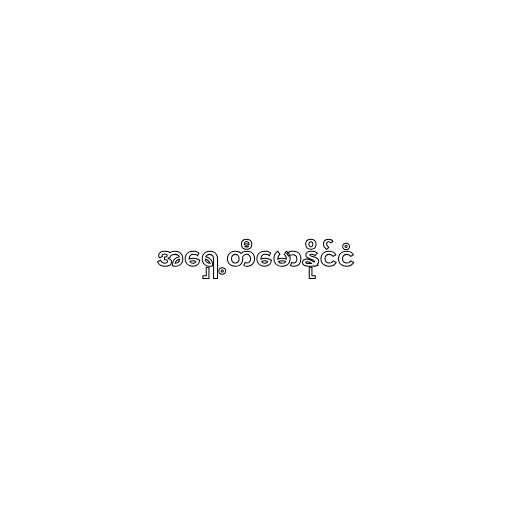
အရှေ့တီမောနိုင်ငံ